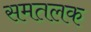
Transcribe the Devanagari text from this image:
समतलक